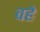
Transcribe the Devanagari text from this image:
वहे